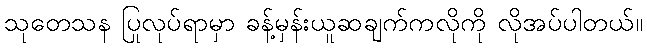
သုတေသန ပြုလုပ်ရာမှာ ခန့်မှန်းယူဆချက်ကလိုကို လိုအပ်ပါတယ်။